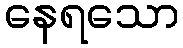
နေရသော